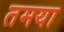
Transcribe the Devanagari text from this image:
तमया